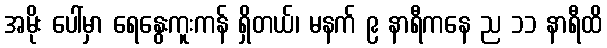
အမိုး ပေါ်မှာ ရေနွေးကူးကန် ရှိတယ်၊ မနက် ၉ နာရီကနေ ည ၁၁ နာရီထိ